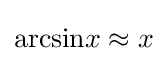
{\text{arcsin}}x\approx x